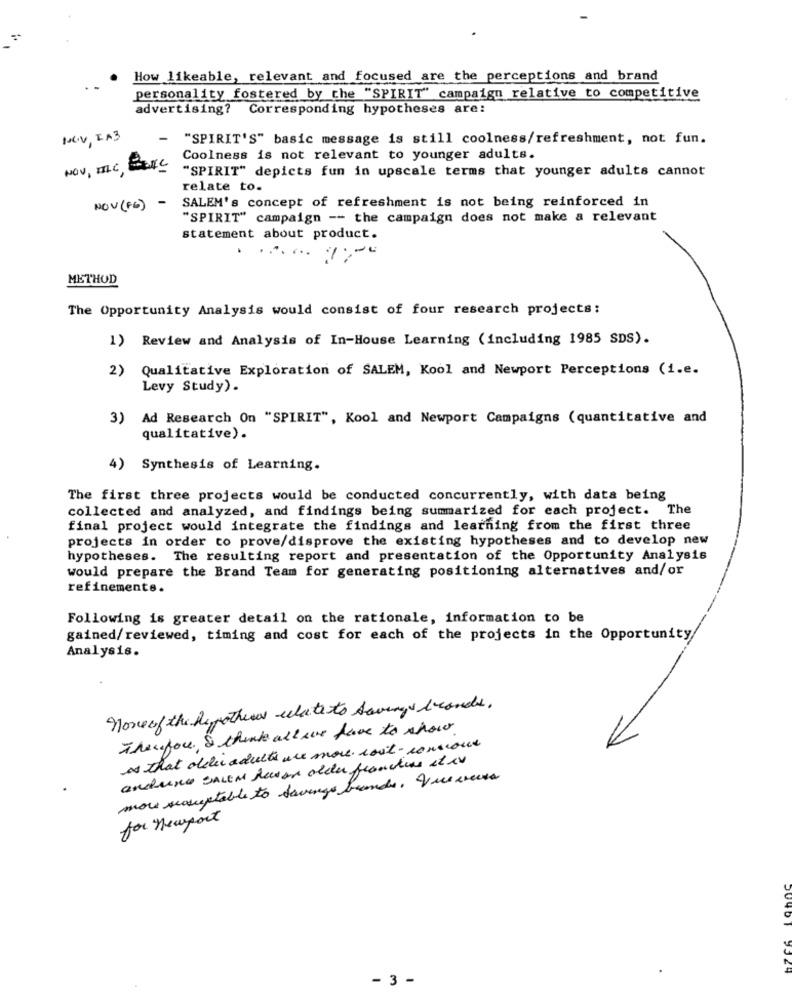
How likeable, relevant and focused are the perceptions and brand
personality fostered by the "SPIRIT" campaign relative to competitive
advertising? Corresponding hypotheses are:
NOV, IA3
-
"SPIRIT'S" basic message is still coolness/refreshment, not fun.
Coolness is not relevant to younger adults.
NOV, MC, BIC
"SPIRIT" depicts fun in upscale terms that younger adults cannot
relate to.
SALEM's concept of refreshment is not being reinforced in
NOV(FG) -
"SPIRIT" campaign -- the campaign does not make a relevant
statement about product.
METHOD
The Opportunity Analysis would consist of four research projects:
1) Review and Analysis of In-House Learning (including 1985 SDS).
2)
Qualitative Exploration of SALEM, Kool and Newport Perceptions (i.e.
Levy Study).
3) Ad Research On "SPIRIT", Kool and Newport Campaigns (quantitative and
qualitative).
4) Synthesis of Learning.
The first three projects would be conducted concurrently, with data being
collected and analyzed, and findings being summarized for each project. The
final project would integrate the findings and learning from the first three
projects in order to prove/disprove the existing hypotheses and to develop new
hypotheses. The resulting report and presentation of the Opportunity Analysis
would prepare the Brand Team for generating positioning alternatives and/or
refinements.
Following is greater detail on the rationale, information to be
gained/reviewed, timing and cost for each of the projects in the Opportunity
Analysis.
none of the hypothesis relate to Savings brands.
Therefore, & think all we have to show
as that older adults are more. rost-consious
auchune snem hause alder franches stiv
more seasuptable to Savings brands. que aveva
for newport
3524
- 3 -